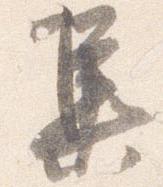
集